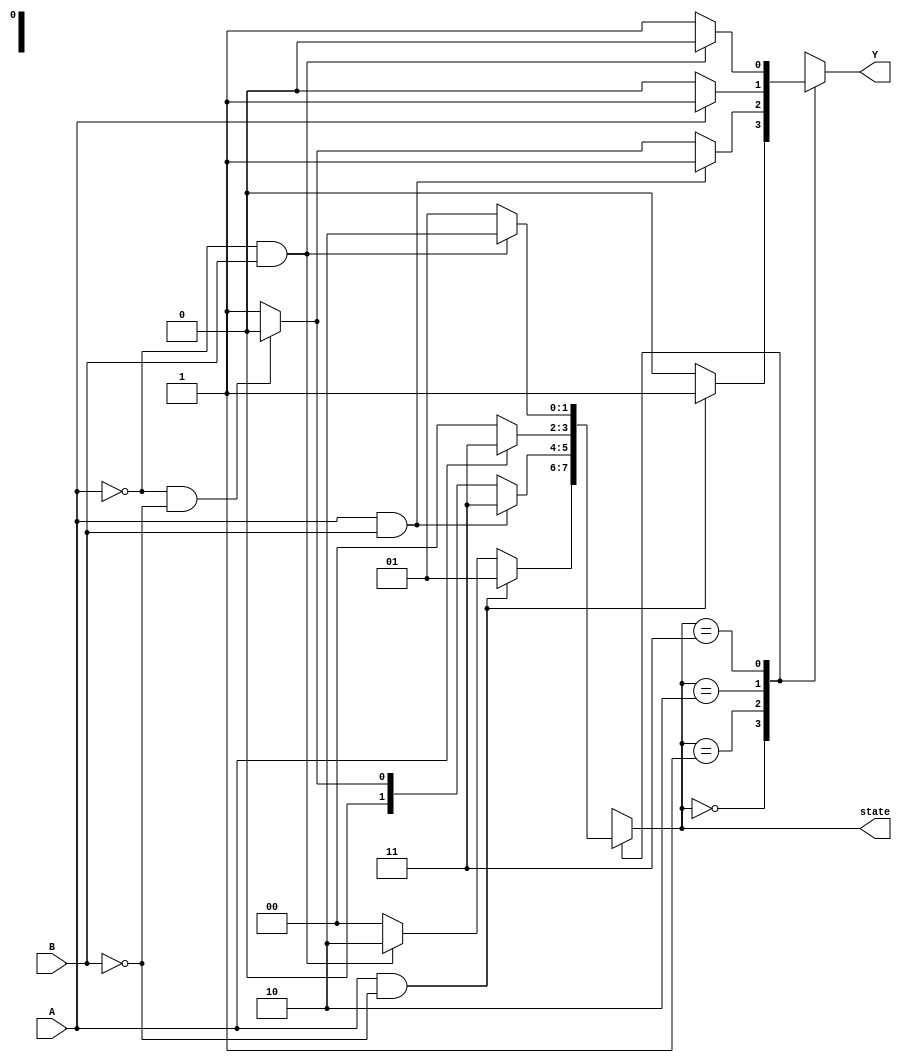
module async_mealy_sm (
    input wire A,         // Input signal A
    input wire B,         // Input signal B
    output reg Y,         // Output signal Y
    output reg [1:0] state // Current state (2 bits for 4 states)
);

    // State encoding
    parameter S0 = 2'b00; // State 0
    parameter S1 = 2'b01; // State 1
    parameter S2 = 2'b10; // State 2
    parameter S3 = 2'b11; // State 3

    // State transition logic
    always @(*) begin
        case (state)
            S0: begin
                if (A && ~B) begin
                    state = S1; // Transition to State 1
                    Y = 1;      // Output Y = 1
                end else if (~A && B) begin
                    state = S2; // Transition to State 2
                    Y = 0;      // Output Y = 0
                end else begin
                    state = S0; // Stay in State 0
                    Y = 0;      // Output Y = 0
                end
            end

            S1: begin
                if (A && B) begin
                    state = S3; // Transition to State 3
                    Y = 1;      // Output Y = 1
                end else if (~A && ~B) begin
                    state = S0; // Transition to State 0
                    Y = 0;      // Output Y = 0
                end else begin
                    state = S1; // Stay in State 1
                    Y = 1;      // Output Y = 1
                end
            end

            S2: begin
                if (A) begin
                    state = S3; // Transition to State 3
                    Y = 1;      // Output Y = 1
                end else begin
                    state = S0; // Transition to State 0
                    Y = 0;      // Output Y = 0
                end
            end

            S3: begin
                if (~A && B) begin
                    state = S2; // Transition to State 2
                    Y = 0;      // Output Y = 0
                end else begin
                    state = S1; // Transition to State 1
                    Y = 1;      // Output Y = 1
                end
            end
            
            default: begin
                state = S0; // Default state
                Y = 0;      // Default output
            end
        endcase
    end

    // Initial state
    initial begin
        state = S0; // Start in State 0
        Y = 0;      // Initial output
    end

endmodule